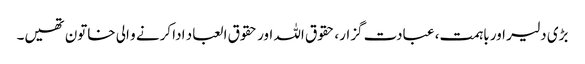
بڑی دلیر اور باہمت، عبادت گزار، حقوق اللہ اور حقوق العباد ادا کرنے و الی خاتون تھیں۔